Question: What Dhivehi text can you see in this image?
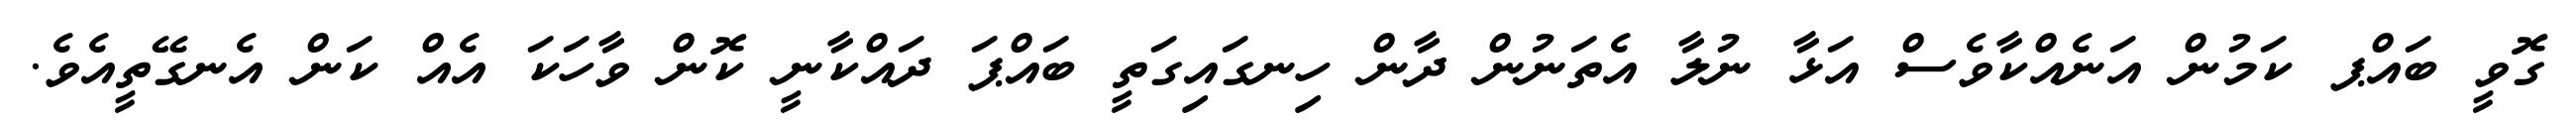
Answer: ގޮވީ ބައްޕ ކަމުން އަނެއްކާވެސް އަޅާ ނުލާ އެތަނުން ދާން ހިނގައިގަތީ ބައްޕަ ދައްކާނީ ކޮން ވާހަކަ އެއް ކަން އެނގޭތީއެވެ.